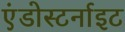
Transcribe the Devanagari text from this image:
एंडोस्टर्नाइट